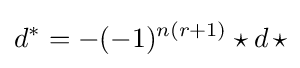
d^{*}=-(-1)^{n(r+1)}\star d\,\star